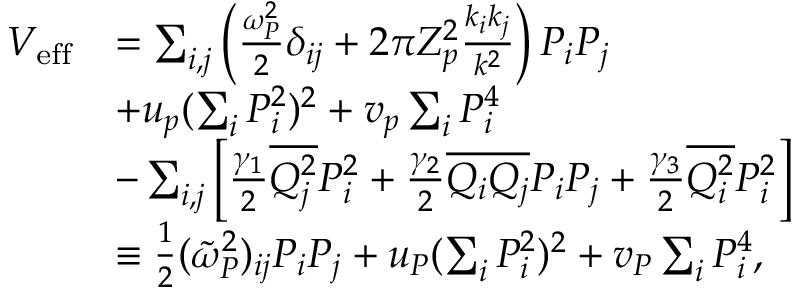
\begin{array} { r l } { V _ { \mathrm { e f f } } } & { = \sum _ { i , j } \left( \frac { \omega _ { P } ^ { 2 } } { 2 } \delta _ { i j } + 2 \pi Z _ { p } ^ { 2 } \frac { k _ { i } k _ { j } } { k ^ { 2 } } \right) P _ { i } P _ { j } } \\ & { + u _ { p } ( \sum _ { i } P _ { i } ^ { 2 } ) ^ { 2 } + v _ { p } \sum _ { i } P _ { i } ^ { 4 } } \\ & { - \sum _ { i , j } \left[ \frac { \gamma _ { 1 } } { 2 } \overline { { Q _ { j } ^ { 2 } } } P _ { i } ^ { 2 } + \frac { \gamma _ { 2 } } { 2 } \overline { { Q _ { i } Q _ { j } } } P _ { i } P _ { j } + \frac { \gamma _ { 3 } } { 2 } \overline { { Q _ { i } ^ { 2 } } } P _ { i } ^ { 2 } \right] } \\ & { \equiv \frac { 1 } { 2 } ( \tilde { \omega } _ { P } ^ { 2 } ) _ { i j } P _ { i } P _ { j } + u _ { P } ( \sum _ { i } P _ { i } ^ { 2 } ) ^ { 2 } + v _ { P } \sum _ { i } P _ { i } ^ { 4 } , } \end{array}